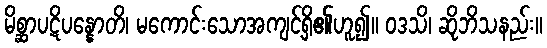
မိစ္ဆာပဋိပန္နောတိ၊ မကောင်းသောအကျင့်ရှိ၏ဟူ၍။ ဝဒသိ၊ ဆိုဘိသနည်း။